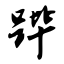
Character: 跸